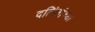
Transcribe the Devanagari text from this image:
दलिंतांच्या